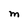
Character: m